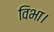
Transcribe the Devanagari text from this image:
विभा।